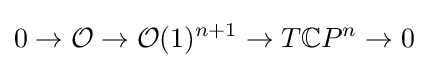
0\to {\mathcal {O}}\to {\mathcal {O}}(1)^{n+1}\to T{\mathbb {C} }P^{n}\to 0